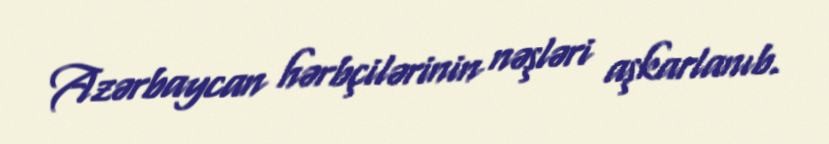
Azərbaycan hərbçilərinin nəşləri aşkarlanıb.